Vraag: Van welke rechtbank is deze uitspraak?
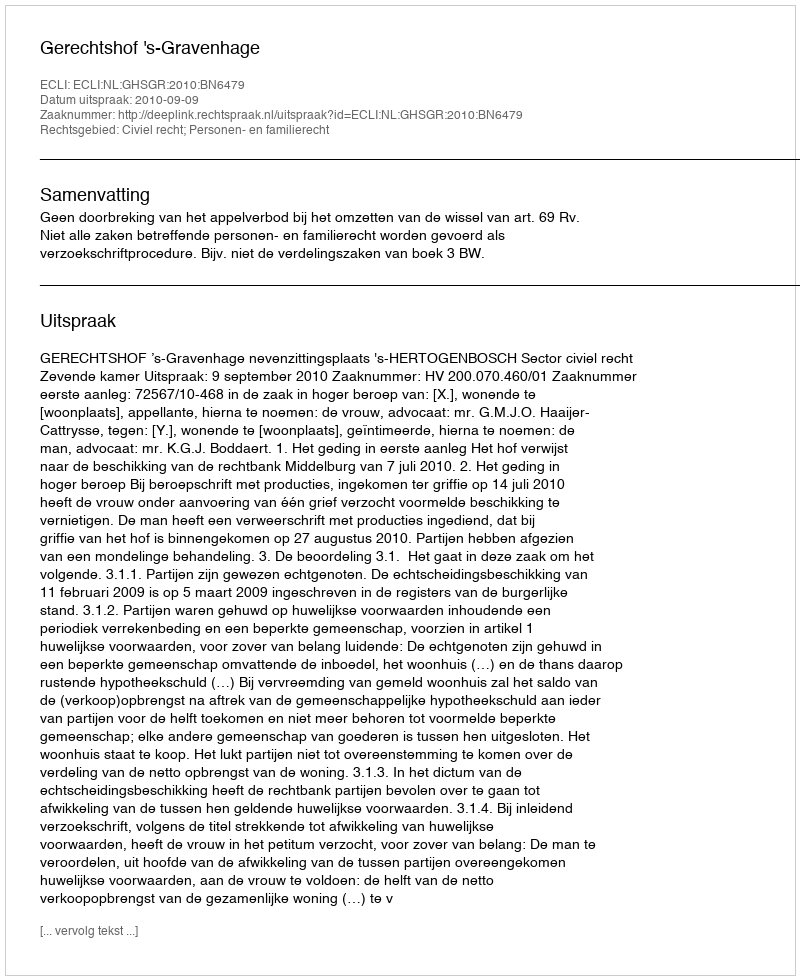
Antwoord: Gerechtshof 's-Gravenhage